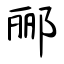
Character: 郦